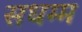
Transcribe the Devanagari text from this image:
सधम्म